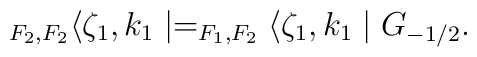
_{F_2,F_2}\langle \zeta_1,k_1\mid=_{F_1,F_2}\langle\zeta_1,k_1\mid  G_{-1/2}.